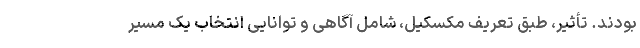
بودند. تأثیر‌، طبق تعریف مکسکیل، شامل آگاهی و توانایی انتخاب یک مسیر